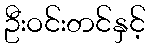
ဦးဝင်းတင်နှင့်